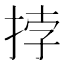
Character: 挬